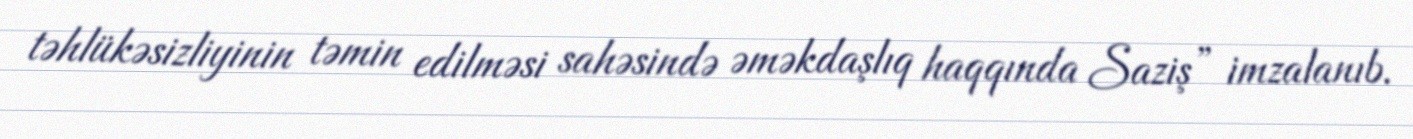
təhlükəsizliyinin təmin edilməsi sahəsində əməkdaşlıq haqqında Saziş” imzalanıb.